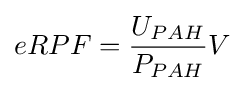
eRPF={\frac {U_{PAH}}{P_{PAH}}}V